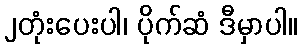
၂တုံးပေးပါ၊ ပိုက်ဆံ ဒီမှာပါ။